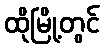
ထိုမြို့တွင်